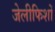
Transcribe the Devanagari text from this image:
जेलीफिशों